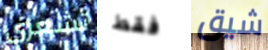
تشعري فقط شيق